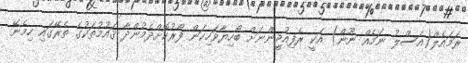
ރަމައެލް(އަސްލު ނަމެއް ނޫން) އަކީ ރެފިއުޖީންނަށް ބޯހިޔާވަހިކަން ފޯރުކޮށްދެމުންދާ ޤައުމުތަކުގެ ތެރޭގައި ހިމެނޭ